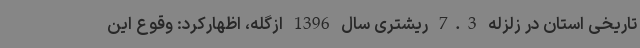
تاریخی استان در زلزله 7.3 ریشتری سال 1396 ازگله، اظهارکرد: وقوع این